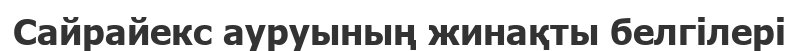
Сайрайекс ауруының жинақты белгілері